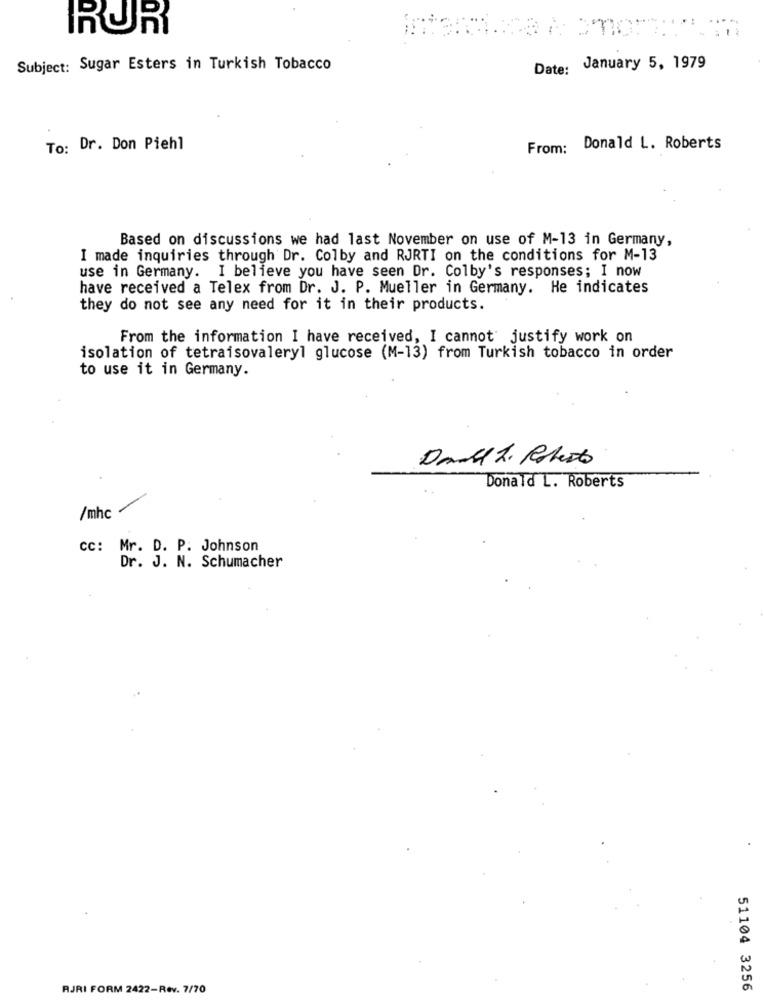
RUR
Subject: Sugar Esters in Turkish Tobacco
Date: January 5, 1979
To: Dr. Don Piehl
From:
Donald L. Roberts
Based on discussions we had last November on use of M-13 in Germany,
I made inquiries through Dr. Colby and RJRTI on the conditions for M-13
use in Germany. I believe you have seen Dr. Colby's responses; I now
have received a Telex from Dr. J. P. Mueller in Germany. He indicates
they do not see any need for it in their products.
From the information I have received, I cannot justify work on
isolation of tetraisovaleryl glucose (M-13) from Turkish tobacco in order
to use it in Germany.
Donald L. Roberts
/mhc
cc: Mr. D. P. Johnson
Dr. J. N. Schumacher
RJRI FORM 2422-Rev. 7/70
51104 3256